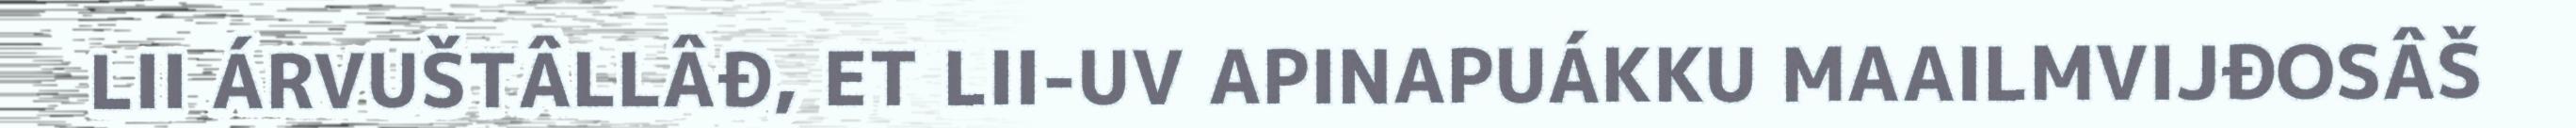
LII ÁRVUŠTÂLLÂĐ, ET LII-UV APINAPUÁKKU MAAILMVIJĐOSÂŠ